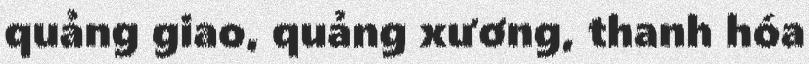
quảng giao, quảng xương, thanh hóa